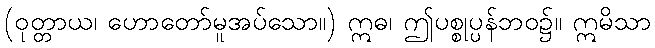
(ဝုတ္တာယ၊ ဟောတော်မူအပ်သော။) ဣဓ၊ ဤပစ္စုပ္ပန်ဘဝ၌။ ဣမိသာ